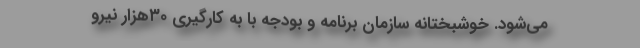
می‌شود. خوشبختانه سازمان برنامه و بودجه با به کارگیری ۳۰هزار نیرو